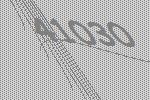
41030